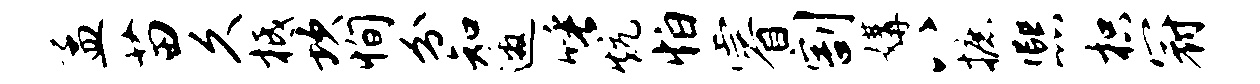
孟苗久柢坎恂分知邀唾炕怕睿割媾八摭熙枳冠